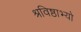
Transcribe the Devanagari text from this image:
श्रविष्ठाभ्यो